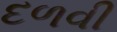
દળવી